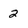
Character: 2